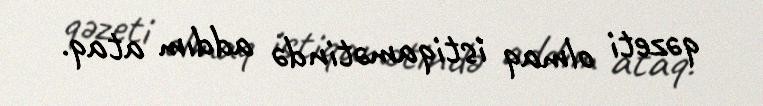
qəzeti olmaq istiqamətində addım ataq.